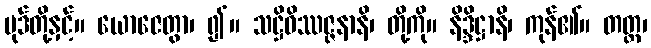
ပုဒ်တို့နှင့်။ ယောဇေတွာ၊ ၍။ သဋ္ဌိဝိဿဇ္ဇနာနိ၊ တို့ကို။ နိဒ္ဒိဋ္ဌာနိ၊ ကုန်၏။ တတ္ထ၊